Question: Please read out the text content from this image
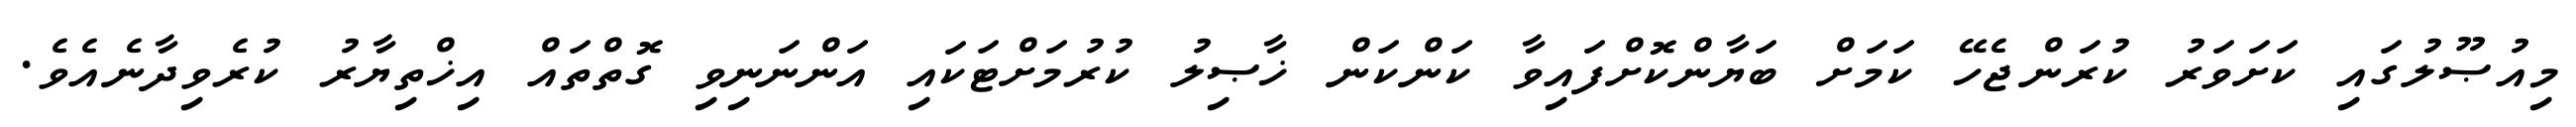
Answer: މިއުޞޫލުގައި ކަށަވަރު ކުރަންޖެހޭ ކަމަށް ބަޔާންކޮށްފައިވާ ކަންކަން ޚާޞިލު ކުރުމަށްޓަކައި އަންނަނިވި ގޮތްތައް އިޚްތިޔާރު ކުރެވިދާނެއެވެ.